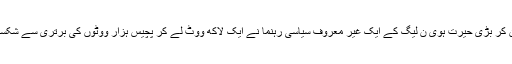
مگر یہ جان کر بڑی حیرت ہوی ن لیگ کے ایک غیر معروف سیاسی رہنما نے ایک لاکھ ووٹ لے کر پچیس ہزار ووٹوں کی برتری سے شکست دے دی۔